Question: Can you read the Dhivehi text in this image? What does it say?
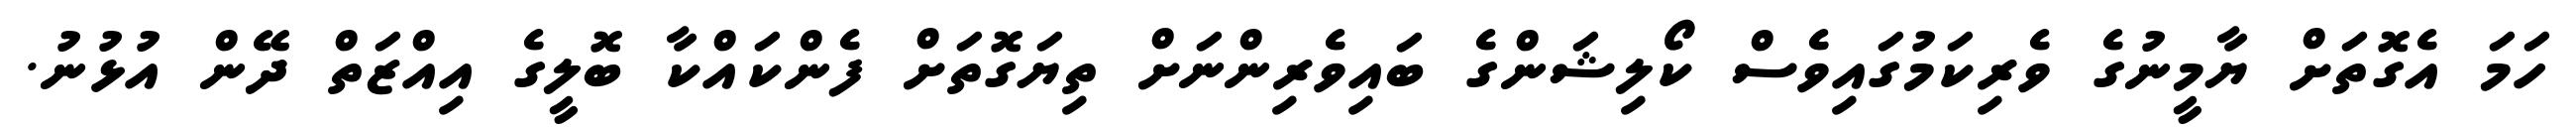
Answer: ހަމަ އެގޮތަށް ޔާމީނުގެ ވެރިކަމުގައިވެސް ކޯލިޝަންގެ ބައިވެރިންނަށް ތިޔަގޮތަށް ފެންކައްކާ ބޮލީގެ އިއްޒަތް ދޭން އުޅުނު.